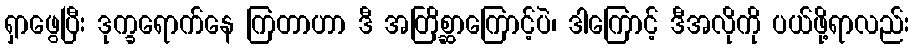
ရှာဖွေပြီး ဒုက္ခရောက်နေ ကြတာဟာ ဒီ အတြိစ္ဆာကြောင့်ပဲ၊ ဒါကြောင့် ဒီအလိုကို ပယ်ဖို့ရာလည်း